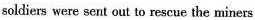
soldiers were sent out to rescue the miners